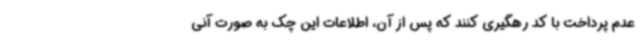
عدم پرداخت با کد رهگیری کنند که پس از آن، اطلاعات این چک به صورت آنی